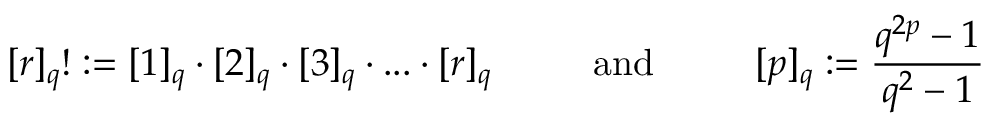
[ r ] _ { q } ! : = [ 1 ] _ { q } \cdot [ 2 ] _ { q } \cdot [ 3 ] _ { q } \cdot . . . \cdot [ r ] _ { q } \mathrm { ~ \qquad ~ a n d ~ \qquad ~ } [ p ] _ { q } : = \frac { q ^ { 2 p } - 1 } { q ^ { 2 } - 1 }